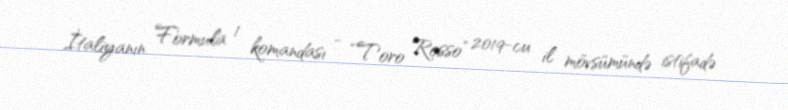
İtaliyanın Formula 1 komandası - “Toro Rosso” 2019-cu il mövsümündə istifadə